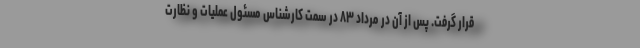
قرار گرفت. پس از آن در مرداد ۸۳ در سمت کارشناس مسئول عملیات و نظارت